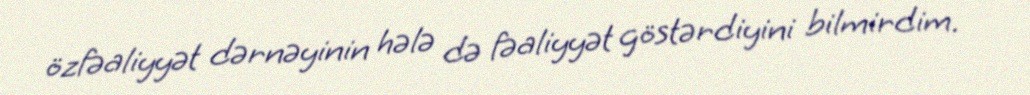
özfəaliyyət dərnəyinin hələ də fəaliyyət göstərdiyini bilmirdim.